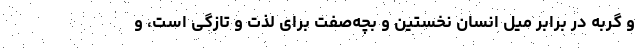
و گربه در برابر میل انسان نخستین و بچه‌صفت برای لذت و تازگی است، و